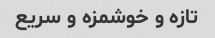
تازه و خوشمزه و سریع